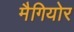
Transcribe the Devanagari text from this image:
मैगियोर